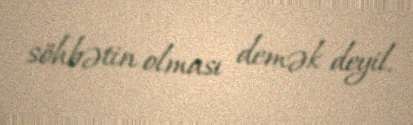
söhbətin olması demək deyil.